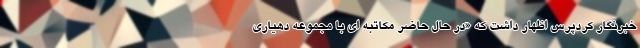
خبرنگار کردپرس اظهار داشت که «در حال حاضر مکاتبه ای با مجموعه دهیاری